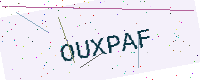
Text: OUXPAF